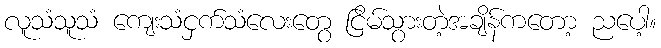
လူသံသူသံ ကျေးသံငှက်သံလေးတွေ ငြိမ်သွားတဲ့အချိန်ကတော့ ညပေါ့။